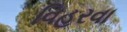
વિહરવા